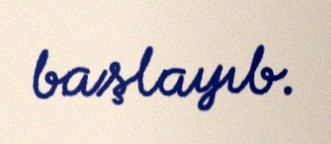
başlayıb.